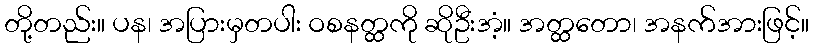
တို့တည်း။ ပန၊ အပြားမှတပါး ဝစနတ္ထကို ဆိုဦးအံ့။ အတ္ထတော၊ အနက်အားဖြင့်။